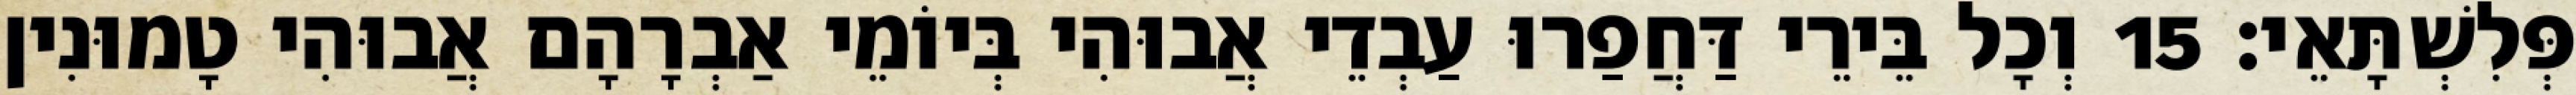
פְּלִשְׁתָּאֵי׃ 15 וְכָל בֵּירֵי דַּחֲפַרוּ עַבְדֵי אֲבוּהִי בְּיוֹמֵי אַבְרָהָם אֲבוּהִי טָמוּנִין